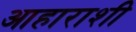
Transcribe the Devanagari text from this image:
आहाराशी